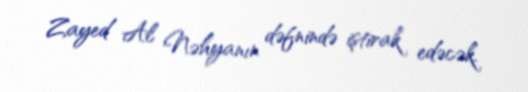
Zayed Al Nəhyanın dəfnində iştirak edəcək.